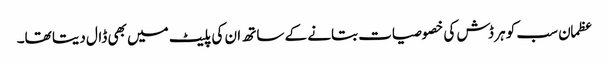
عظمان سب کو ہر ڈش کی خصوصیات بتانے کے ساتھ ان کی پلیٹ میں بھی ڈال دیتا تھا۔